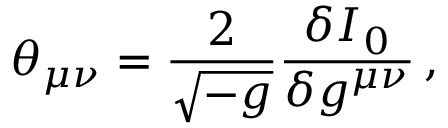
\theta _ { \mu \nu } = \frac { 2 } { \sqrt { - g } } \frac { \delta I _ { 0 } } { \delta g ^ { \mu \nu } } \, ,